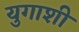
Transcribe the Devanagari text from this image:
युगाशी